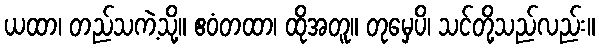
ယထာ၊ တည်သကဲ့သို့။ ဧဝံတထာ၊ ထိုအတူ။ တုမှေပိ၊ သင်တို့သည်လည်း။